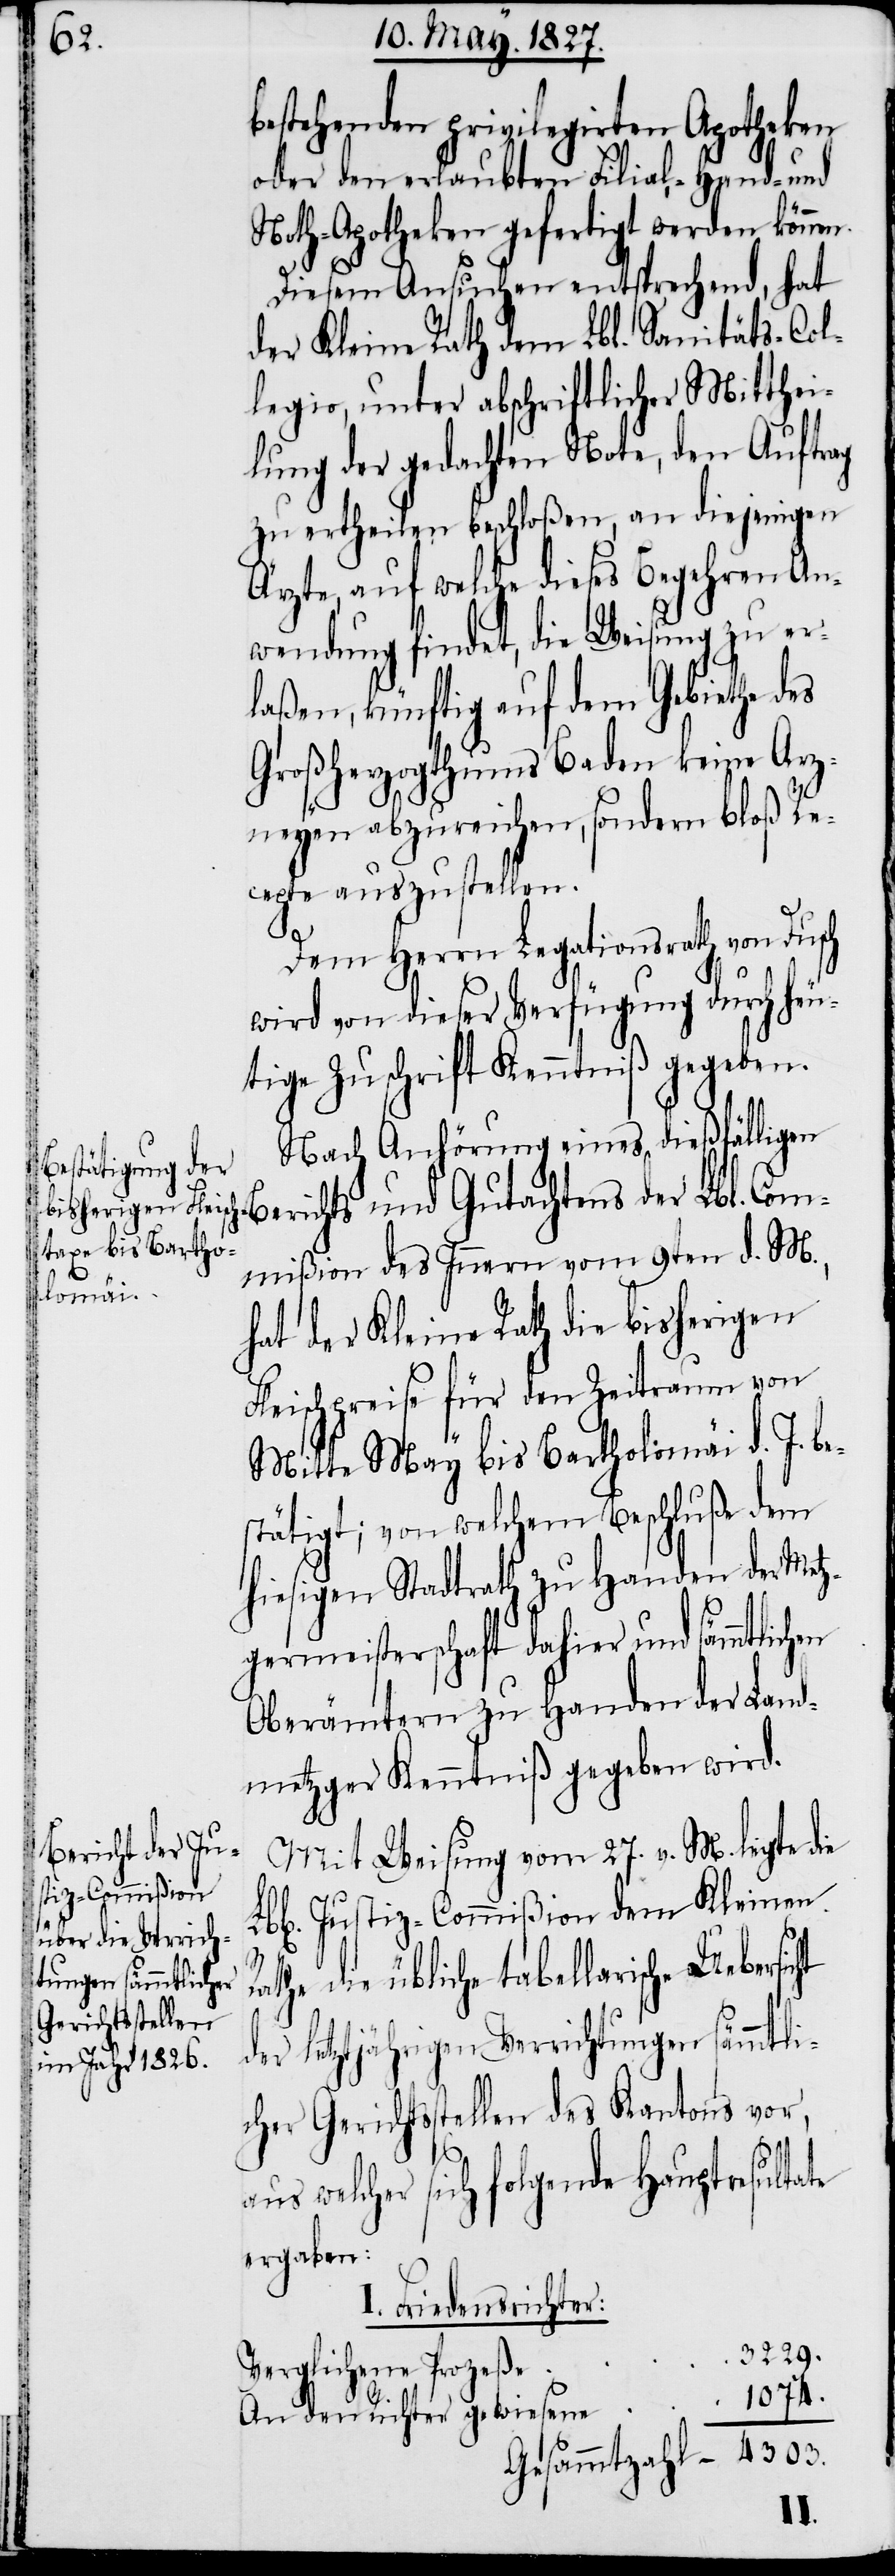
bestehenden privilegirten Apotheken
oder den erlaubten Filial-, Hand- und
Noth-Apotheken gefertigt werden könne¬
Diesem Ansuchen entsprechend, hat
der Kleine Rath dem Lbl. Sanitäts-Col¬
legio, unter abschriftlicher Mitthei¬
lung der gedachten Note, den Auftrag
zu ertheilen beschloßen, an diejenigen
Ärzte, auf welche dieses Begehren An¬
wendung findet, die Weisung zu er¬
laßen, künftig auf dem Gebiethe des
Großherzogthums Baden keine Arz¬
neyen abzureichen, sondern bloß Re¬
cepte auszustellen.
Dem Herrn Legationsrath von Dusch
wird von dieser Verfügung durch heu¬
tige Zuschrift Kenntniß gegeben.
Nach Anhörung eines dießfälligen
Berichts und Gutachtens der Lbl. Com¬
mißion des Innern vom 9ten d. M.,
hat der Kleine Rath die bisherigen
Fleischpreise für den Zeitraum von
Mitte May bis Bartholomäi d. J. be¬
stätigt; von welchem Beschluße dem
hiesigen Stadtrath zu Handen der Metz¬
germeisterschaft dahier und sämmtlich¬
Oberämtern zu Handen der Land¬
metzger Kenntniß gegeben wird.
en